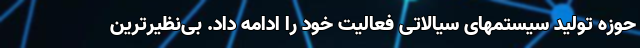
حوزه تولید سیستمهای سیالاتی فعالیت خود را ادامه داد. بی‌نظیرترین